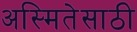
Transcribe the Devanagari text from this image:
अस्मितेसाठी